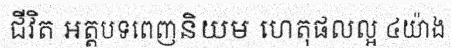
ជីវិត អត្តបទពេញនិយម ហេតុផលល្អ ៤យ៉ាង